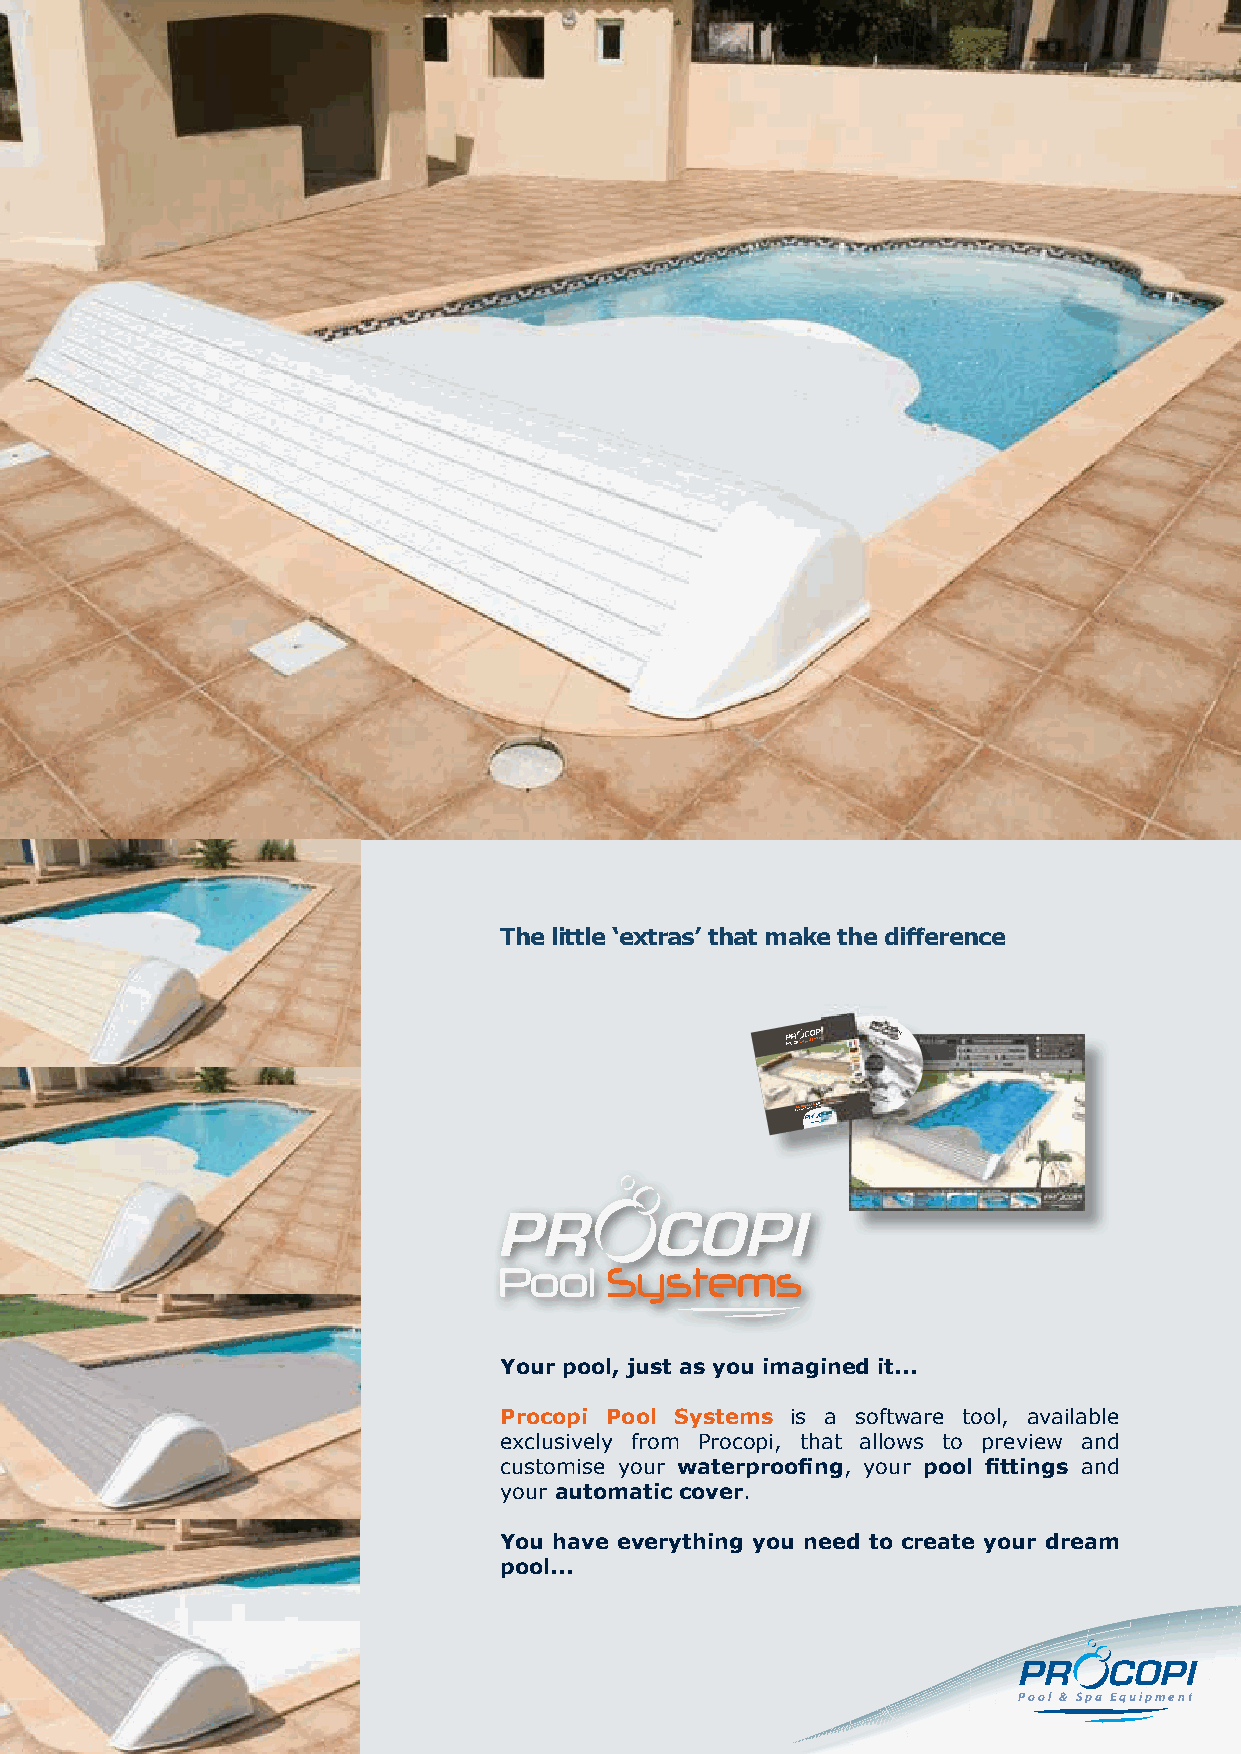
The little ‘extras’ that make the diff erence
 (ALquea rleovag Siycsiteeml , 3Li neern S y1st edme e t PCrovoecr oSypstiem)
 Your pool, just as you imagined it...
 Procopi Pool Systems is a software tool, available
 exclusively from Procopi, that allows to preview and
 customise your waterproofi ng, your pool fi ttings and
 your automatic cover.
 You have everything you need to create your dream
 pool...
 Pool & Spa Equipment